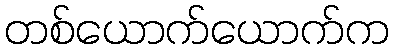
တစ်ယောက်ယောက်က